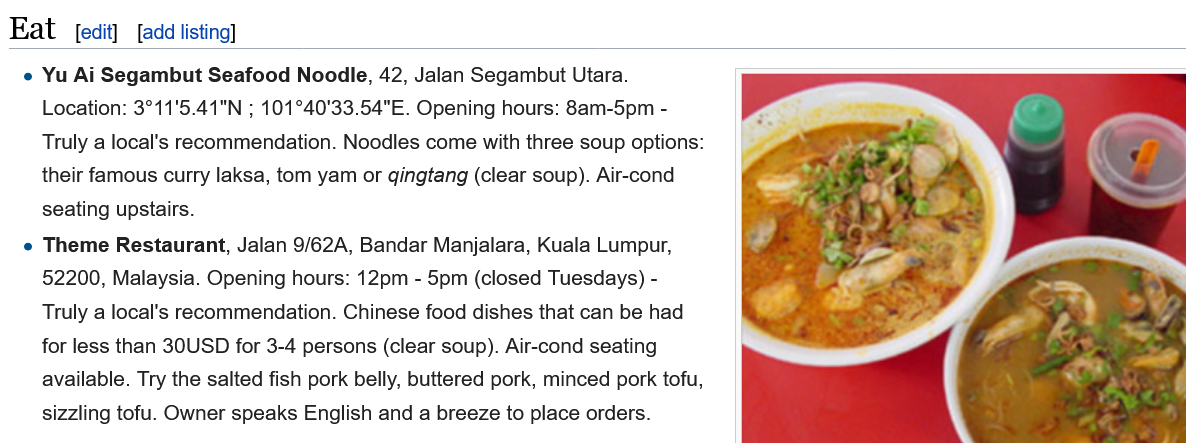
Eat    [add listing]
   e Yu Ai Segambut  Seafood Noodle, 42, Jalan Segambut Utara.
     Location: 3°11'5.41"N ; 101°40'33.54"E. Opening hours: 8am-5pm -
     Truly a local's recommendation. Noodles come with three soup options:
     their famous curry laksa, tom yam or gingtang (clear soup). Air-cond
     seating upstairs.
   e Theme  Restaurant, Jalan 9/62A, Bandar Manjalara, Kuala Lumpur,
     52200, Malaysia. Opening hours: 12pm - 5pm (closed Tuesdays) -
     Truly a local's recommendation. Chinese food dishes that can be had
     for less than 30USD for 3-4 persons (clear soup). Air-cond seating
     available. Try the salted fish pork belly, buttered pork, minced pork tofu,
     sizzling tofu. Owner speaks English and a breeze to place orders.